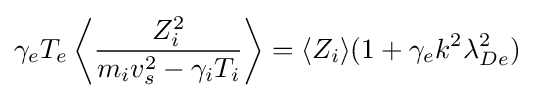
\gamma _{e}T_{e}\left\langle {Z_{i}^{2} \over m_{i}v_{s}^{2}-\gamma _{i}T_{i}}\right\rangle =\langle Z_{i}\rangle (1+\gamma _{e}k^{2}\lambda _{De}^{2})